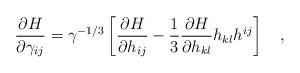
LaTeX: \begin{align*}\frac{\partial H}{\partial \gamma_{ij}}=\gamma^{-1/3}\left[\frac{\partial H}{\partial h_{ij}}-\frac{1}{3}\frac{\partial H}{\partial h_{kl}}h_{kl}h^{ij}\right] ~~~,\end{align*}